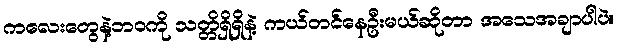
ကလေးတွေနဲ့ဘဝကို သတ္တိရှိရှိနဲ့ ကယ်တင်နေဦးမယ်ဆိုတာ အသေအချာပါပဲ။